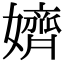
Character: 𡣙